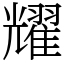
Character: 耀